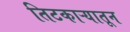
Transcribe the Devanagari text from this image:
तिटकाऱ्यातून